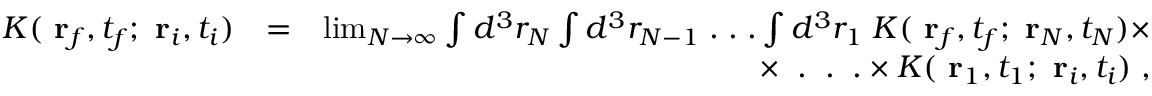
\begin{array} { r l r } { K ( \mathrm { \bf ~ r } _ { f } , t _ { f } ; \mathrm { \bf ~ r } _ { i } , t _ { i } ) } & { = } & { \operatorname* { l i m } _ { N \to \infty } \int d ^ { 3 } r _ { N } \int d ^ { 3 } r _ { N - 1 } \; . \; . \; . \int d ^ { 3 } r _ { 1 } \; K ( \mathrm { \bf ~ r } _ { f } , t _ { f } ; \mathrm { \bf ~ r } _ { N } , t _ { N } ) \times } \\ & { } & { \times \; \; . \; \; . \; \; . \times K ( \mathrm { \bf ~ r } _ { 1 } , t _ { 1 } ; \mathrm { \bf ~ r } _ { i } , t _ { i } ) \; , } \end{array}